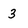
Character: 3